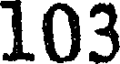
103